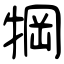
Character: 犅